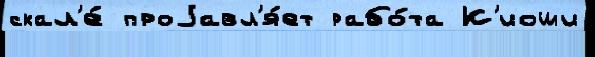
скал'е́ проjавл'я́ет рабо́та К'иоши